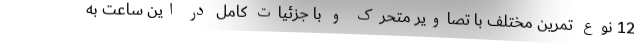
12 نوع تمرین مختلف با تصاویر متحرک و با جزئیات کامل در این ساعت به